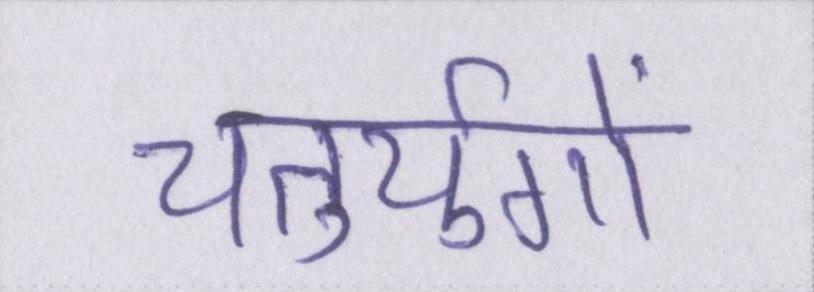
चतुर्युगों